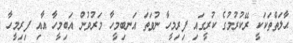
ޙާލަތްތަކަކީ ރޭކުރުމުގެ ކުރީގައި ފިރިމީހާ ނުވަތަ އަނބިމީހާ މަރުވުން އަބިމީހާ އާއި ފިރިމީހާ